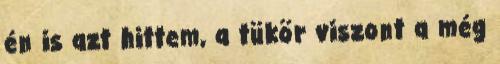
én is azt hittem, a tükör viszont a még